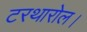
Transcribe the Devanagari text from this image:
टरथारोल।